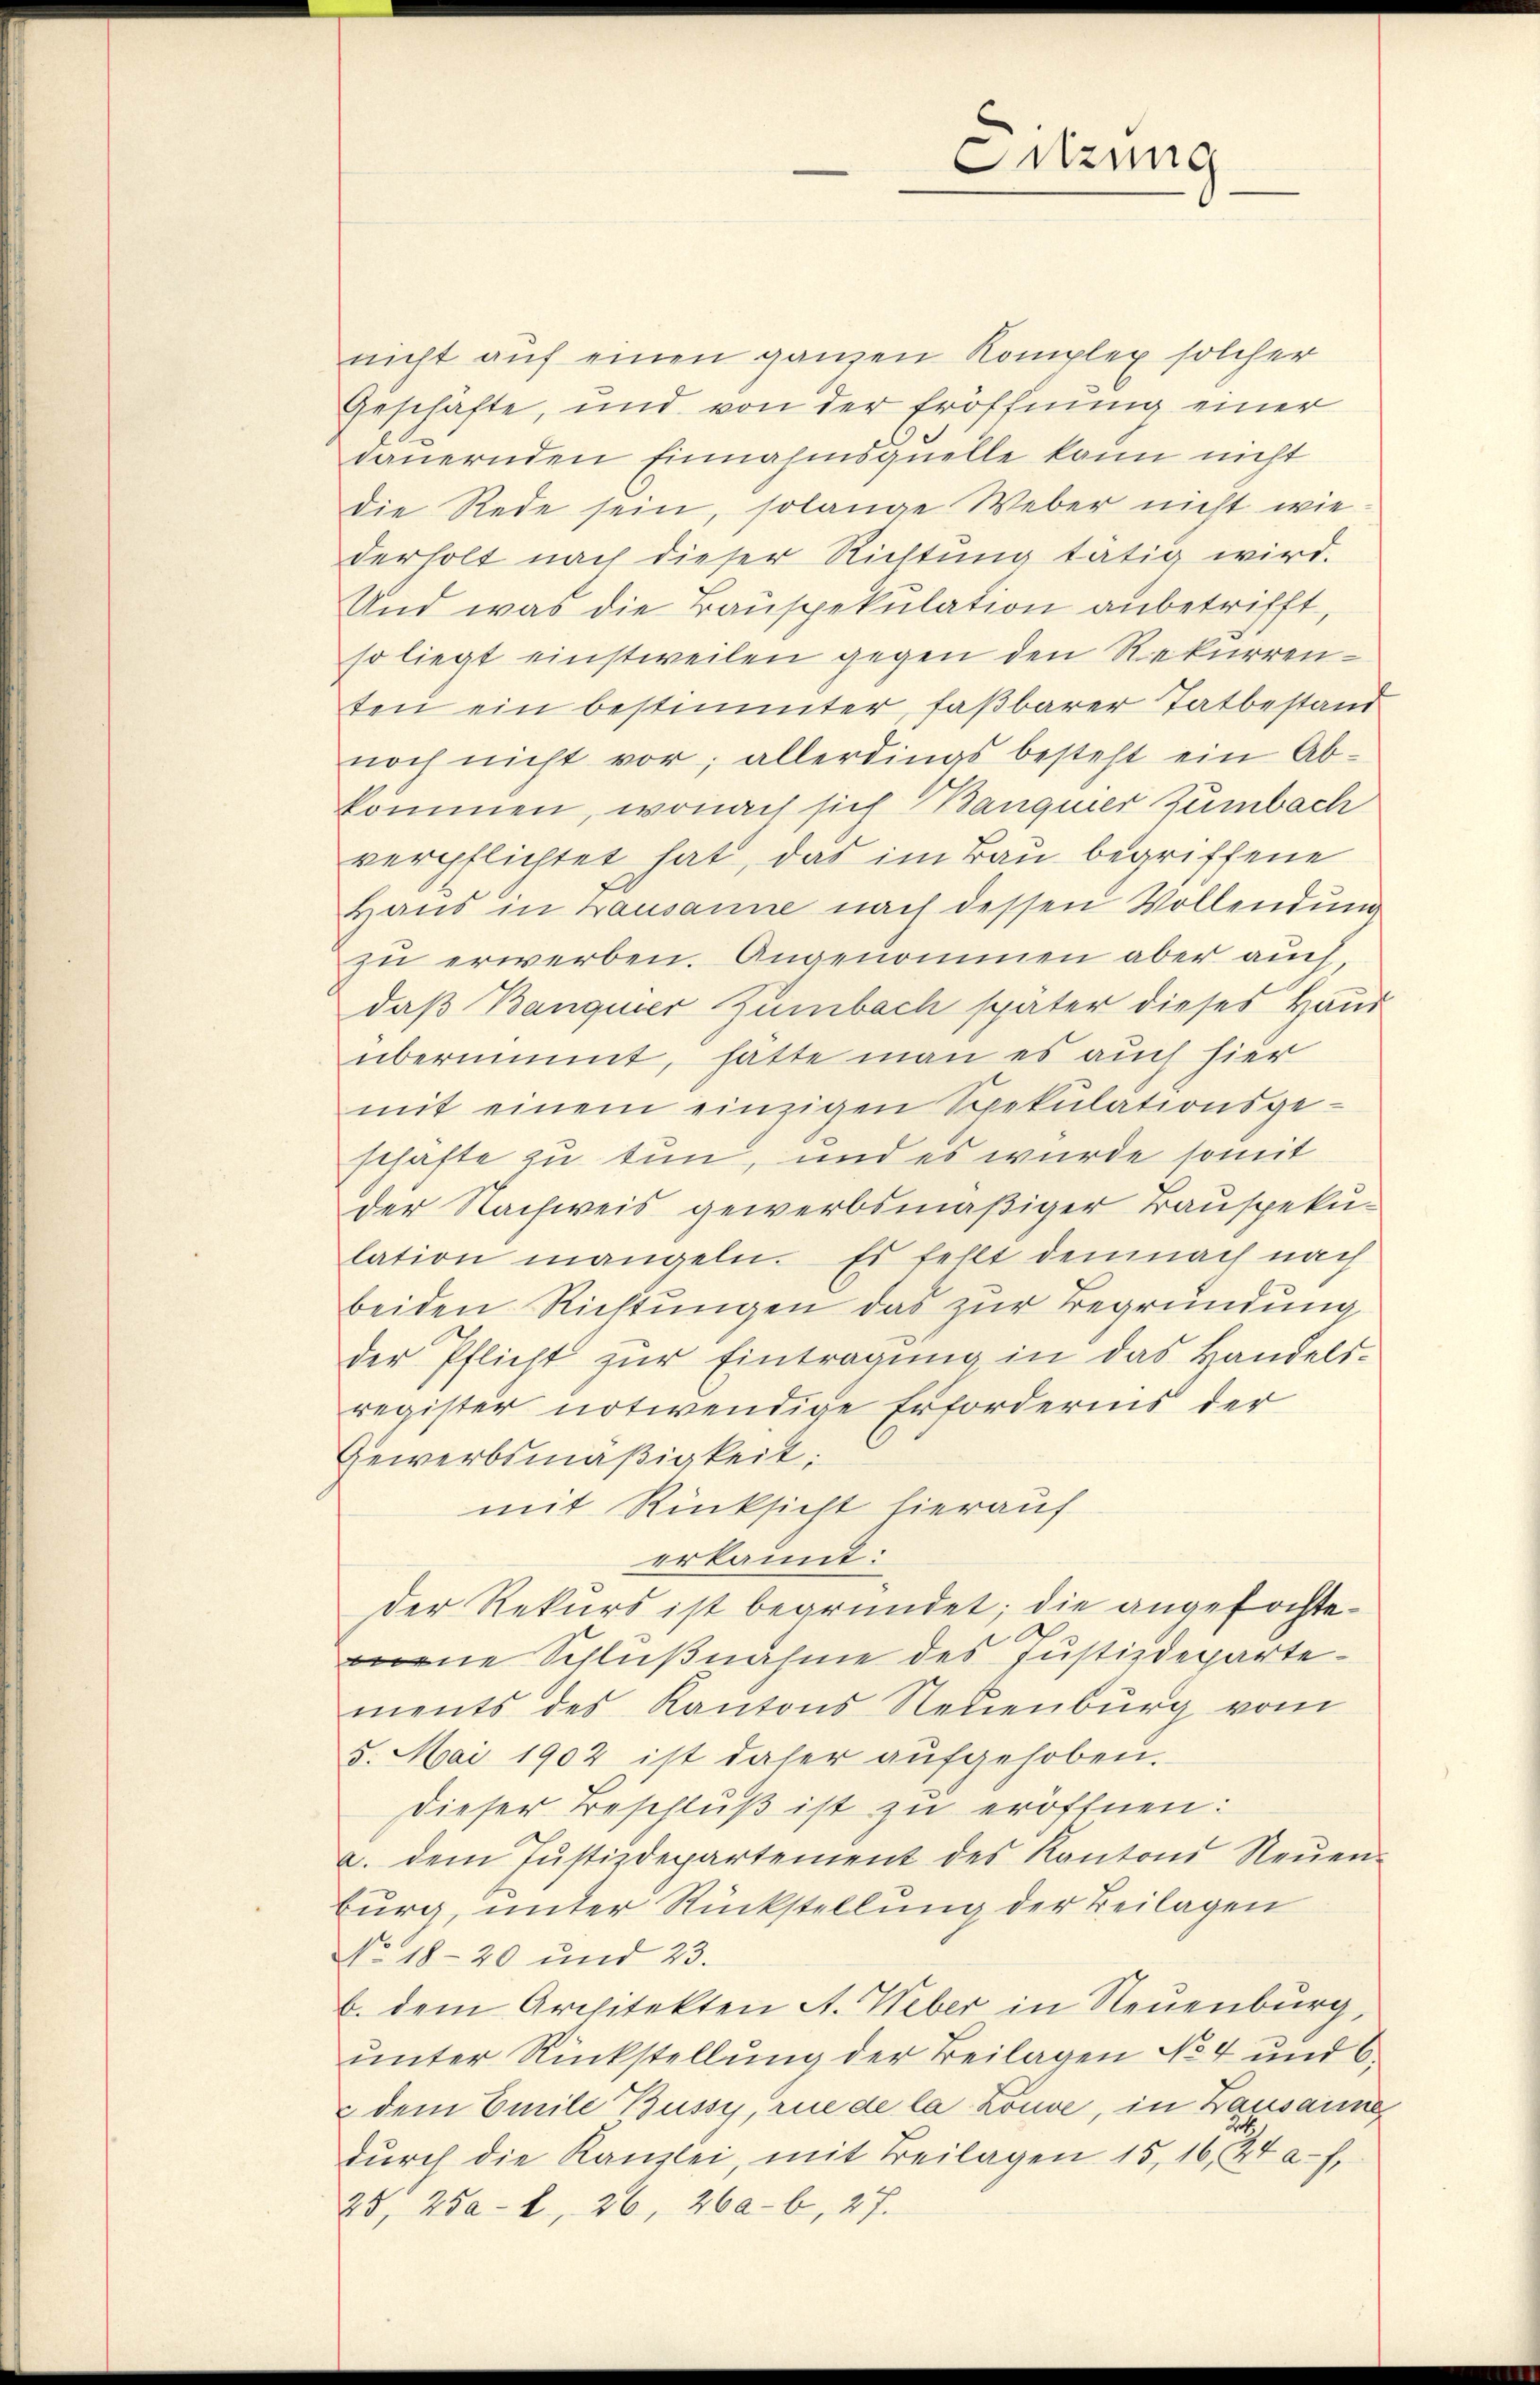
nicht auf einen ganzen Komplex solcher
Geschäfte, und von der Eröffnung einer
tauernden Einnahmsquelle kann nicht
die Rede sein, solange Weber nicht wiederholt nach dieser Richtung tätig wird.
Und was die Baŭspekulation anbetrifft,
so liegt einstweilen gegen den Rekurrenten ein bestimmter, faßbarer Tatbestand
noch nicht vor, allerdings besteht ein Ab-
kommen, wonach sich Bangner Zumbach
verpflichtet hat, das im Bau begriffene
Hand in Lausanne nach dessen Vollendung
zu erwerben. Angenommen aber auch
daß Banquer Zumbach später dieses Haus
übernimmt, hatte man es auch hier
mit einem einzigen Spekulationsge-
schäfte zu tun, und es wurde somit
der Nachweis gewerbsmäßiger Bauspeku-
lation mangeln. Es fehlt demnach nach
beiden Richtungen das zur Begründung
der Pflicht zŭr Eintragung in das Handels-
register notwendige Erfordernis der
Gewerbsmäßigkeit:
mit Rücksicht hierauf
erkannt:
Der Rekurs ist begründet; die angefochtemene Schlußnahme des Justizdepartements des Kantons Neuenburg vom
5. Mai 1902 ist daher aufgehoben.
dieser Beschluß ist zu eröffnen:
a. dem Jŭstizdepartement des Kantons Neŭen
burg, unter Rückstellung der Beilagen
No. 18-20 und 23.
b. dem Architekten A. Weber in Neuenburg,
unter Rückstellung der Beilagen No 4 und 6.
& dem Emile Bussy, rue de la Louve, in Lausanne
dŭrch die Kanzlei, mit Beilagen 15, 16, 24 a-f,
25, 25a- 2, 26, 260 - 6, 27.

Sitzung